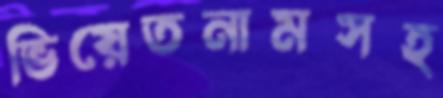
ভিয়েতনামসহ